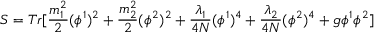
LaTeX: S = T r [ \frac { m _ { 1 } ^ { 2 } } { 2 } ( \phi ^ { 1 } ) ^ { 2 } + \frac { m _ { 2 } ^ { 2 } } { 2 } ( \phi ^ { 2 } ) ^ { 2 } + \frac { \lambda _ { 1 } } { 4 N } ( \phi ^ { 1 } ) ^ { 4 } + \frac { \lambda _ { 2 } } { 4 N } ( \phi ^ { 2 } ) ^ { 4 } + g \phi ^ { 1 } \phi ^ { 2 } ]